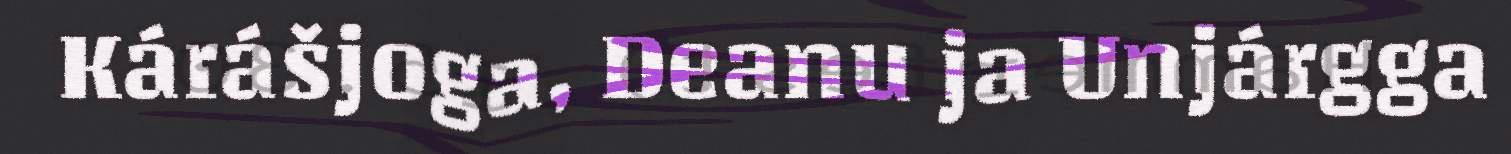
Kárášjoga, Deanu ja Unjárgga